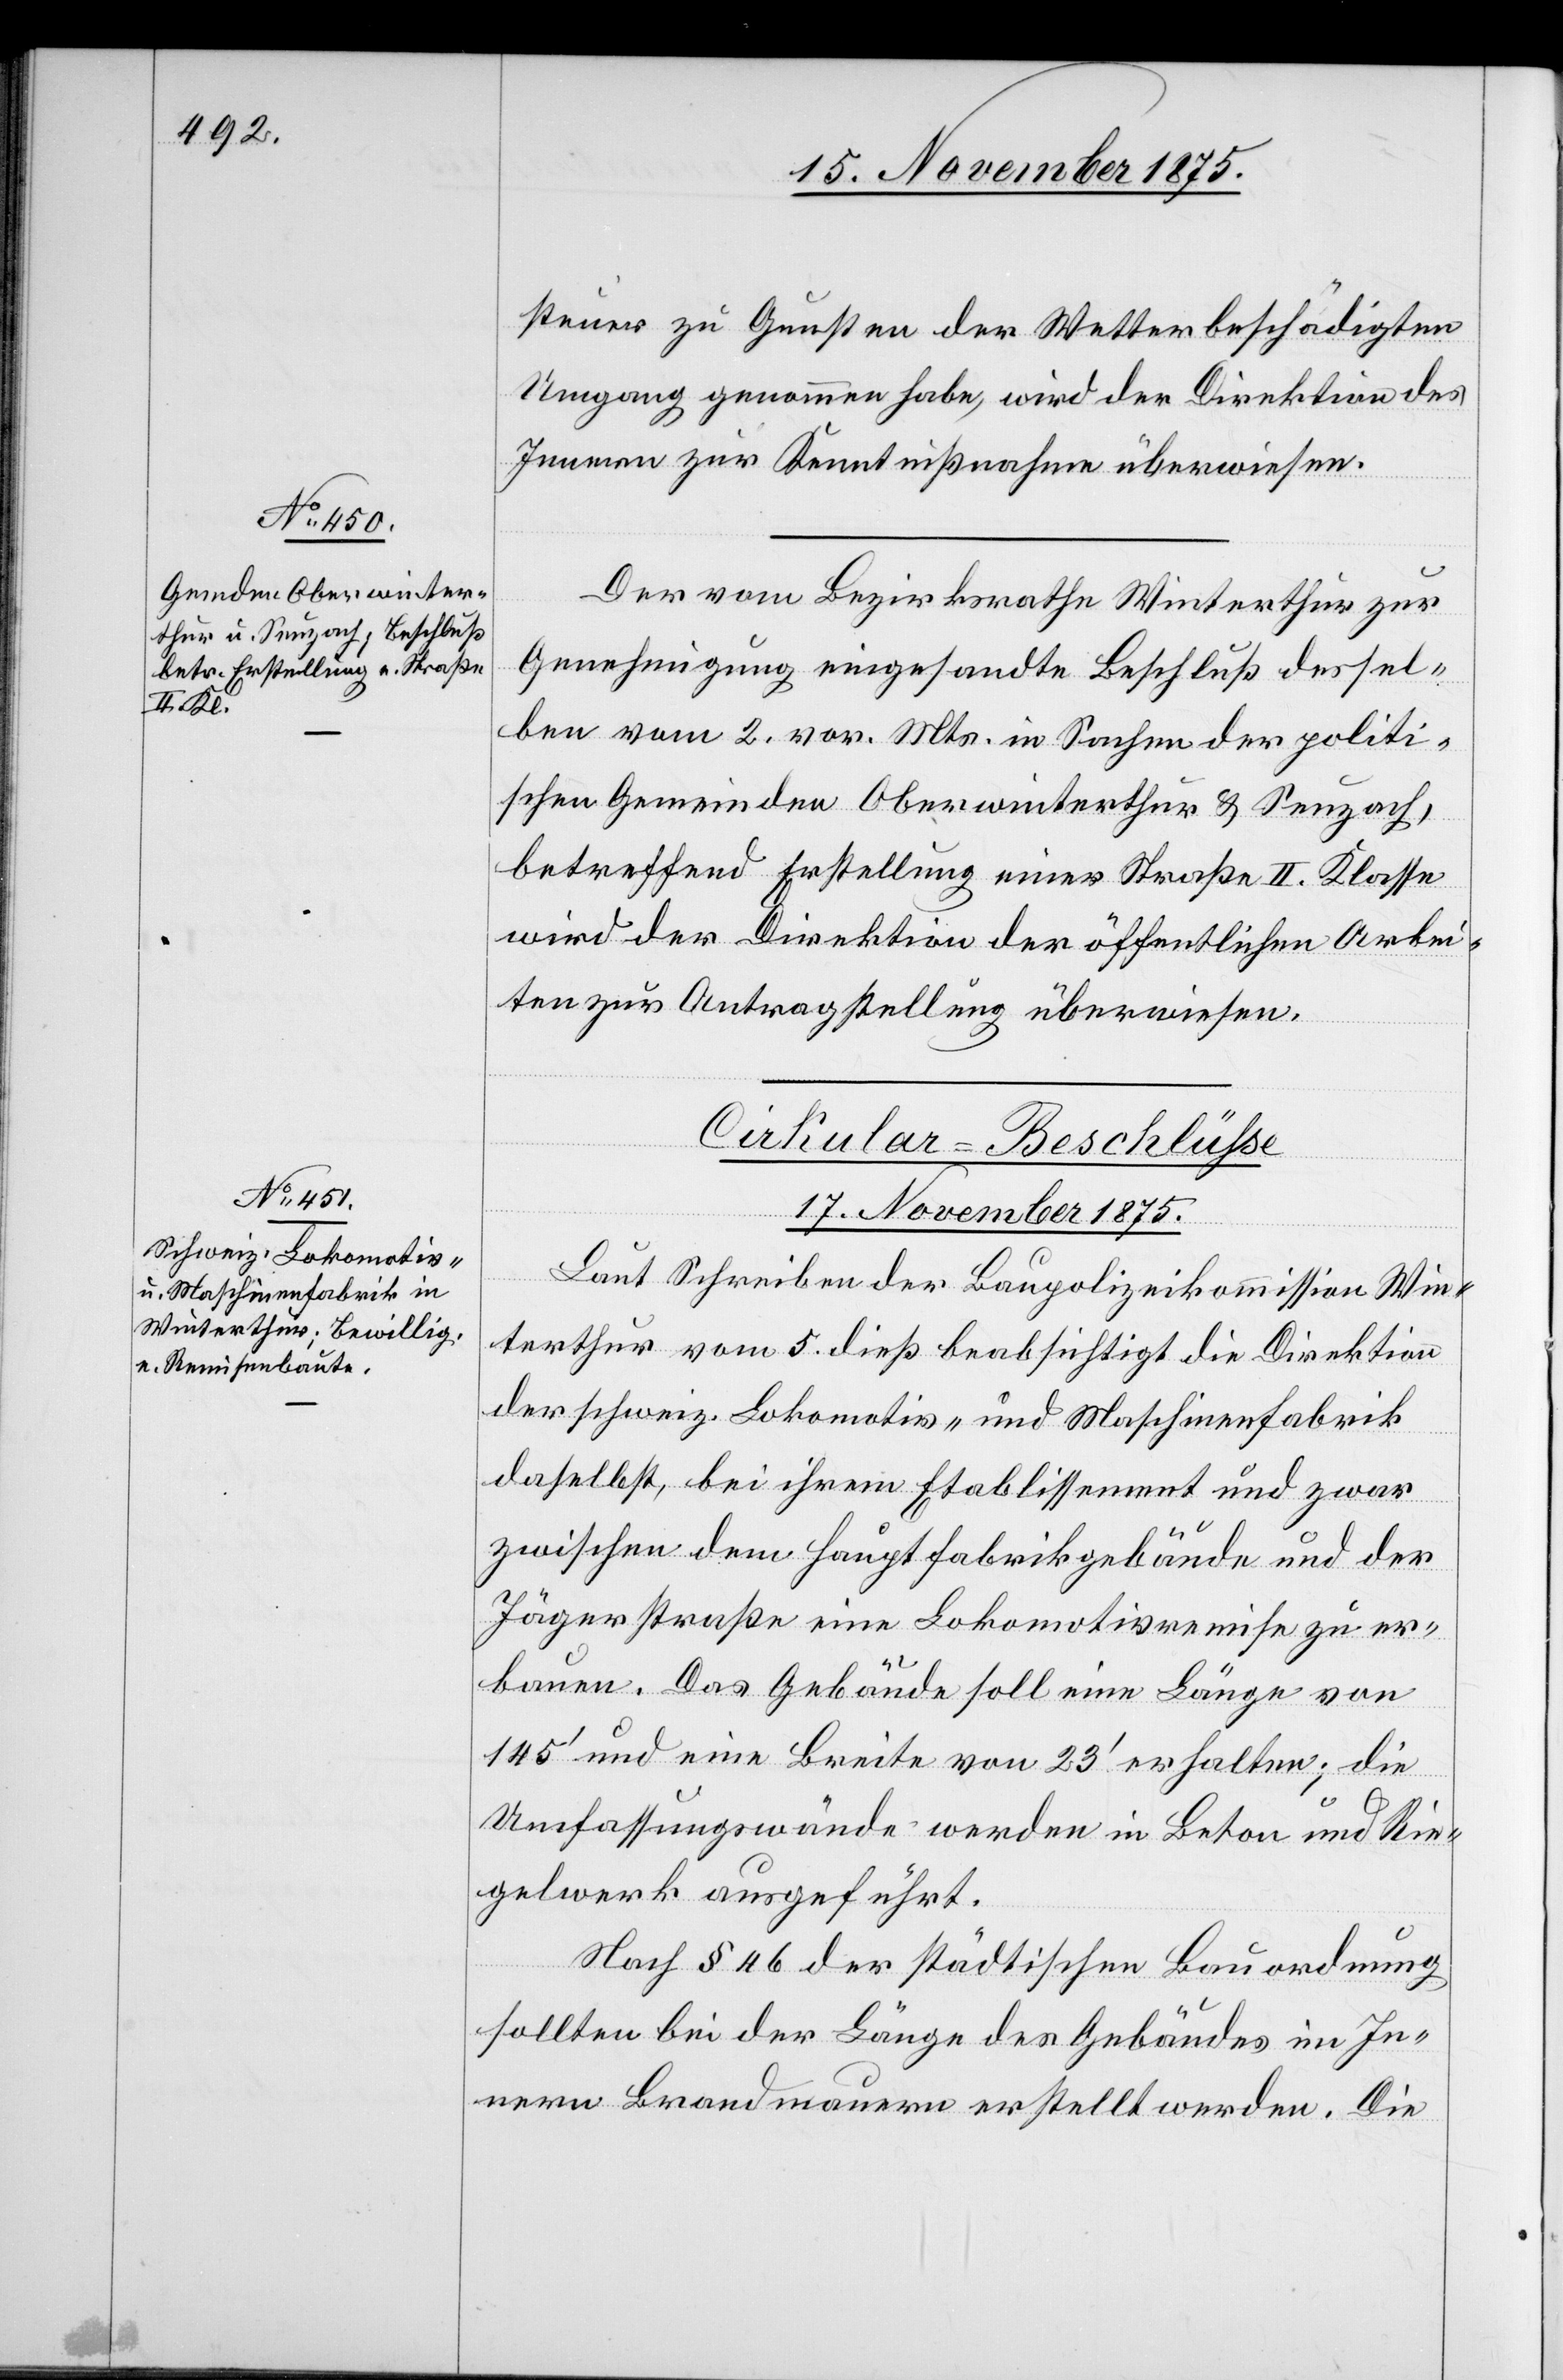
steuer zu Gunsten der Wetterbeschädigten
Umgang genommen habe, wird der Direktion des
Innern zur Kenntnißnahme überwiesen.
Der vom Bezirksrath Winterthur zur
Genehmigung eingesandte Beschluß dessel¬
ben vom 2. vor. Mts. in Sachen der politi¬
schen Gemeinden Oberwinterthur & Seuzach,
betreffend Erstellung einer Straße II. Klasse
wird der Direktion der öffentlichen Arbei¬
ten zur Antragstellung überwiesen.
Cirkular-Beschlüße
17. November 1875.
Laut Schreiben der Baupolizeikommission Win¬
terthur vom 5. dieß beabsichtigt die Direktion
der schweiz. Lokomotiv- und Maschinenfabrik
daselbst, bei ihrem Etablissement und zwar
zwischen dem Hauptfabrikgebäude und der
Jägerstraße eine Lokomotivremise zu er¬
bauen. Das Gebäude soll eine Länge von
145‘ und eine Breite von 23‘ erhalten; die
Umfassungswände werden in Beton und Rie¬
gelwerk ausgeführt.
Nach § 46 der städtischen Bauordnung
sollten bei der Länge des Gebäudes im In¬
nern Brandmauern erstellt werden. Die